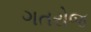
ગતરોજ